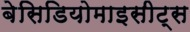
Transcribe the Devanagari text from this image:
बेसिडियोमाइसीट्स